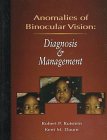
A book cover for Anomalies Of Binocular Vision: Diagnosis And Management, 1e; Robert P. Rutstein OD  MS; Medical Books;